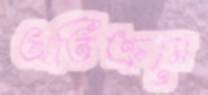
অতিক্রমে